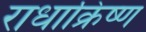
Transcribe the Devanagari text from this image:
राधाक्रिष्ण